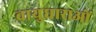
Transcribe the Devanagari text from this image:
वायुधाराओं